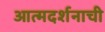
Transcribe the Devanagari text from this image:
आत्मदर्शनाची